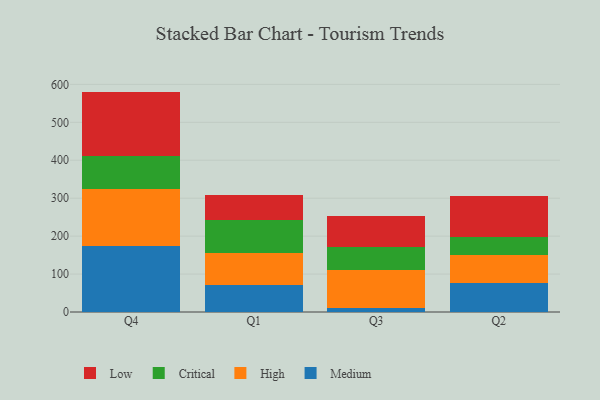
{"axis": {"x": "Quarter", "y": "Satisfaction Score"}, "legend": ["Critical", "High", "Low", "Medium"], "data": [{"x": "Q4", "y": 173.0, "type": "Medium"}, {"x": "Q4", "y": 151.0, "type": "High"}, {"x": "Q4", "y": 87.3, "type": "Critical"}, {"x": "Q4", "y": 169.7, "type": "Low"}, {"x": "Q1", "y": 70.4, "type": "Medium"}, {"x": "Q1", "y": 85.7, "type": "High"}, {"x": "Q1", "y": 86.4, "type": "Critical"}, {"x": "Q1", "y": 67.2, "type": "Low"}, {"x": "Q3", "y": 9.6, "type": "Medium"}, {"x": "Q3", "y": 102.4, "type": "High"}, {"x": "Q3", "y": 59.2, "type": "Critical"}, {"x": "Q3", "y": 80.6, "type": "Low"}, {"x": "Q2", "y": 77.2, "type": "Medium"}, {"x": "Q2", "y": 72.7, "type": "High"}, {"x": "Q2", "y": 48.2, "type": "Critical"}, {"x": "Q2", "y": 106.7, "type": "Low"}]}